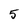
Character: 5